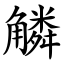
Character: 䚬